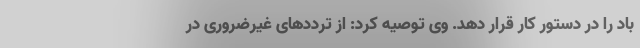
باد را در دستور کار قرار دهد. وی توصیه کرد: از ترددهای غیرضروری در